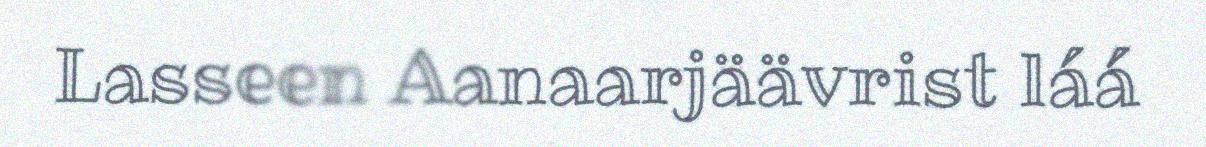
Lasseen Aanaarjäävrist láá